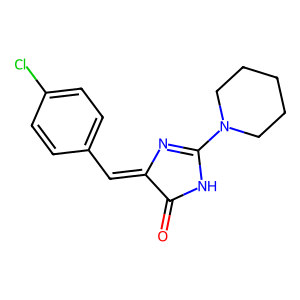
SMILES: O=C1NC(N2CCCCC2)=NC1=Cc1ccc(Cl)cc1
Inhibits HIV replication: No